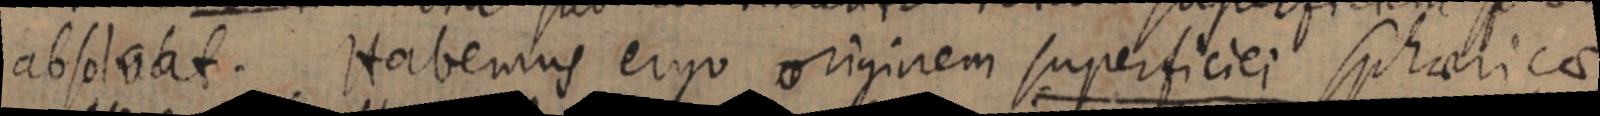
absolvat. Habemus ergo originem superficiei sphaericae